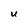
Character: U